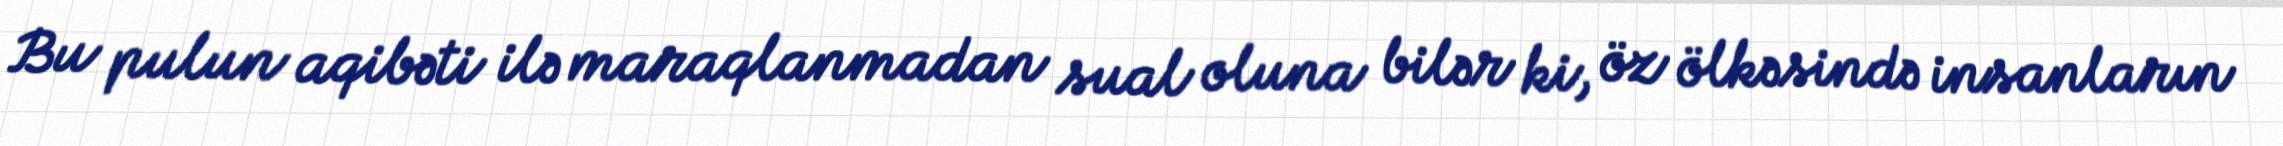
Bu pulun aqibəti ilə maraqlanmadan sual oluna bilər ki, öz ölkəsində insanların